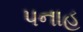
પનાહ